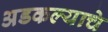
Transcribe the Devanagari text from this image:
अडकल्याचे